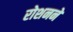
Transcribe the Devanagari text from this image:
रोशनने